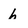
Character: h